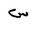
Letter: _sin